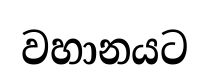
වහානයට